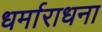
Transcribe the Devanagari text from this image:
धर्माराधना